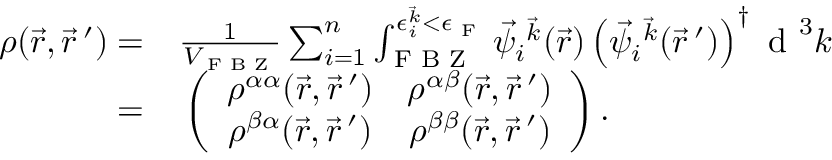
\begin{array} { r l } { \boldsymbol { \rho } ( \vec { r } , \vec { r } \, ^ { \prime } ) = } & { { } \frac { 1 } { V _ { \textrm { F B Z } } } \sum _ { i = 1 } ^ { n } \int _ { \textrm { F B Z } } ^ { \epsilon _ { i } ^ { \vec { k } } < \epsilon _ { \textrm { F } } } \vec { \psi } _ { i } { ^ { \vec { k } } } ( \vec { r } ) \left( \vec { \psi } _ { i } { ^ { \vec { k } } } ( \vec { r } \, ^ { \prime } ) \right) ^ { \dagger } \textrm { d } ^ { 3 } k } \\ { = } & { { } \left( \begin{array} { c c } { \rho ^ { \alpha \alpha } ( \vec { r } , \vec { r } \, ^ { \prime } ) } & { \rho ^ { \alpha \beta } ( \vec { r } , \vec { r } \, ^ { \prime } ) } \\ { \rho ^ { \beta \alpha } ( \vec { r } , \vec { r } \, ^ { \prime } ) } & { \rho ^ { \beta \beta } ( \vec { r } , \vec { r } \, ^ { \prime } ) } \end{array} \right) . } \end{array}